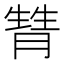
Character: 甧